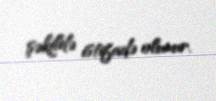
şəkildə istifadə olunur.